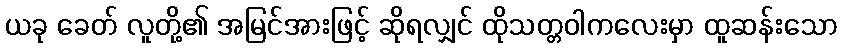
ယခု ခေတ် လူတို့၏ အမြင်အားဖြင့် ဆိုရလျှင် ထိုသတ္တဝါကလေးမှာ ထူဆန်းသော